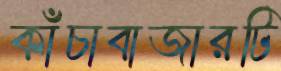
কাঁচাবাজারটি